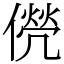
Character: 㒌